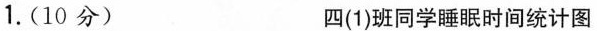
1.(10分)